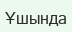
Ұшында